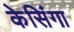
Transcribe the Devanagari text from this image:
केसिंगा